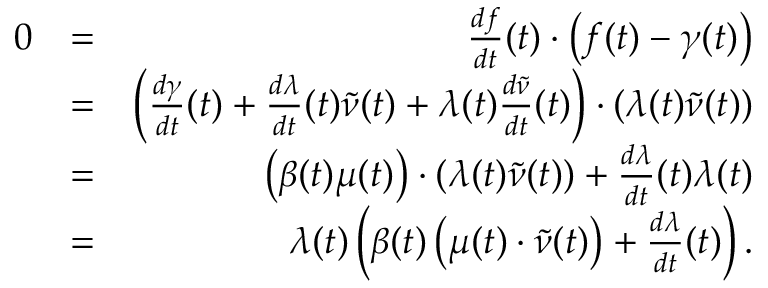
\begin{array} { r l r } { 0 } & { = } & { \frac { d f } { d t } ( t ) \cdot \left( f ( t ) - \gamma ( t ) \right) } \\ { } & { = } & { \left( \frac { d \gamma } { d t } ( t ) + \frac { d \lambda } { d t } ( t ) \widetilde { \nu } ( t ) + \lambda ( t ) \frac { d \widetilde { \nu } } { d t } ( t ) \right) \cdot \left( \lambda ( t ) \widetilde { \nu } ( t ) \right) } \\ { } & { = } & { \left( \beta ( t ) \mu ( t ) \right) \cdot \left( \lambda ( t ) \widetilde { \nu } ( t ) \right) + \frac { d \lambda } { d t } ( t ) \lambda ( t ) } \\ { } & { = } & { \lambda ( t ) \left( \beta ( t ) \left( \mu ( t ) \cdot \widetilde { \nu } ( t ) \right) + \frac { d \lambda } { d t } ( t ) \right) . } \end{array}